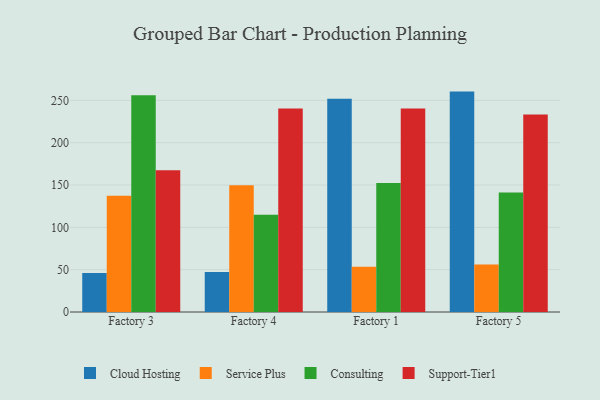
{"axis": {"x": "Factory", "y": "Backlog"}, "legend": ["Cloud Hosting", "Consulting", "Service Plus", "Support-Tier1"], "data": [{"x": "Factory 3", "y": 46.1, "type": "Cloud Hosting"}, {"x": "Factory 3", "y": 137.4, "type": "Service Plus"}, {"x": "Factory 3", "y": 256.1, "type": "Consulting"}, {"x": "Factory 3", "y": 167.6, "type": "Support-Tier1"}, {"x": "Factory 4", "y": 47.3, "type": "Cloud Hosting"}, {"x": "Factory 4", "y": 149.8, "type": "Service Plus"}, {"x": "Factory 4", "y": 115.0, "type": "Consulting"}, {"x": "Factory 4", "y": 240.3, "type": "Support-Tier1"}, {"x": "Factory 1", "y": 251.9, "type": "Cloud Hosting"}, {"x": "Factory 1", "y": 53.6, "type": "Service Plus"}, {"x": "Factory 1", "y": 152.4, "type": "Consulting"}, {"x": "Factory 1", "y": 240.5, "type": "Support-Tier1"}, {"x": "Factory 5", "y": 260.4, "type": "Cloud Hosting"}, {"x": "Factory 5", "y": 56.2, "type": "Service Plus"}, {"x": "Factory 5", "y": 141.2, "type": "Consulting"}, {"x": "Factory 5", "y": 233.4, "type": "Support-Tier1"}]}